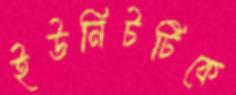
ইউনিটটিকে